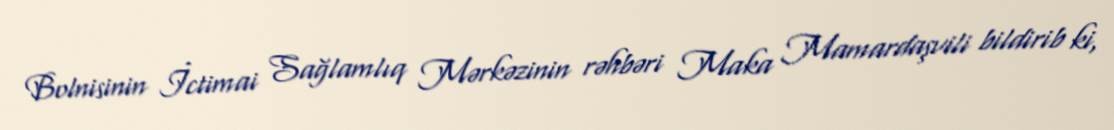
Bolnisinin İctimai Sağlamlıq Mərkəzinin rəhbəri Maka Mamardaşvili bildirib ki,